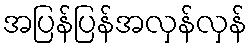
အပြန်ပြန်အလှန်လှန်